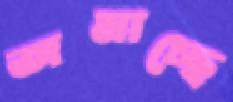
জমাচ্ছে